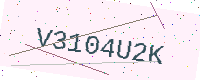
Text: V3104U2K